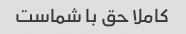
کاملا حق با شماست